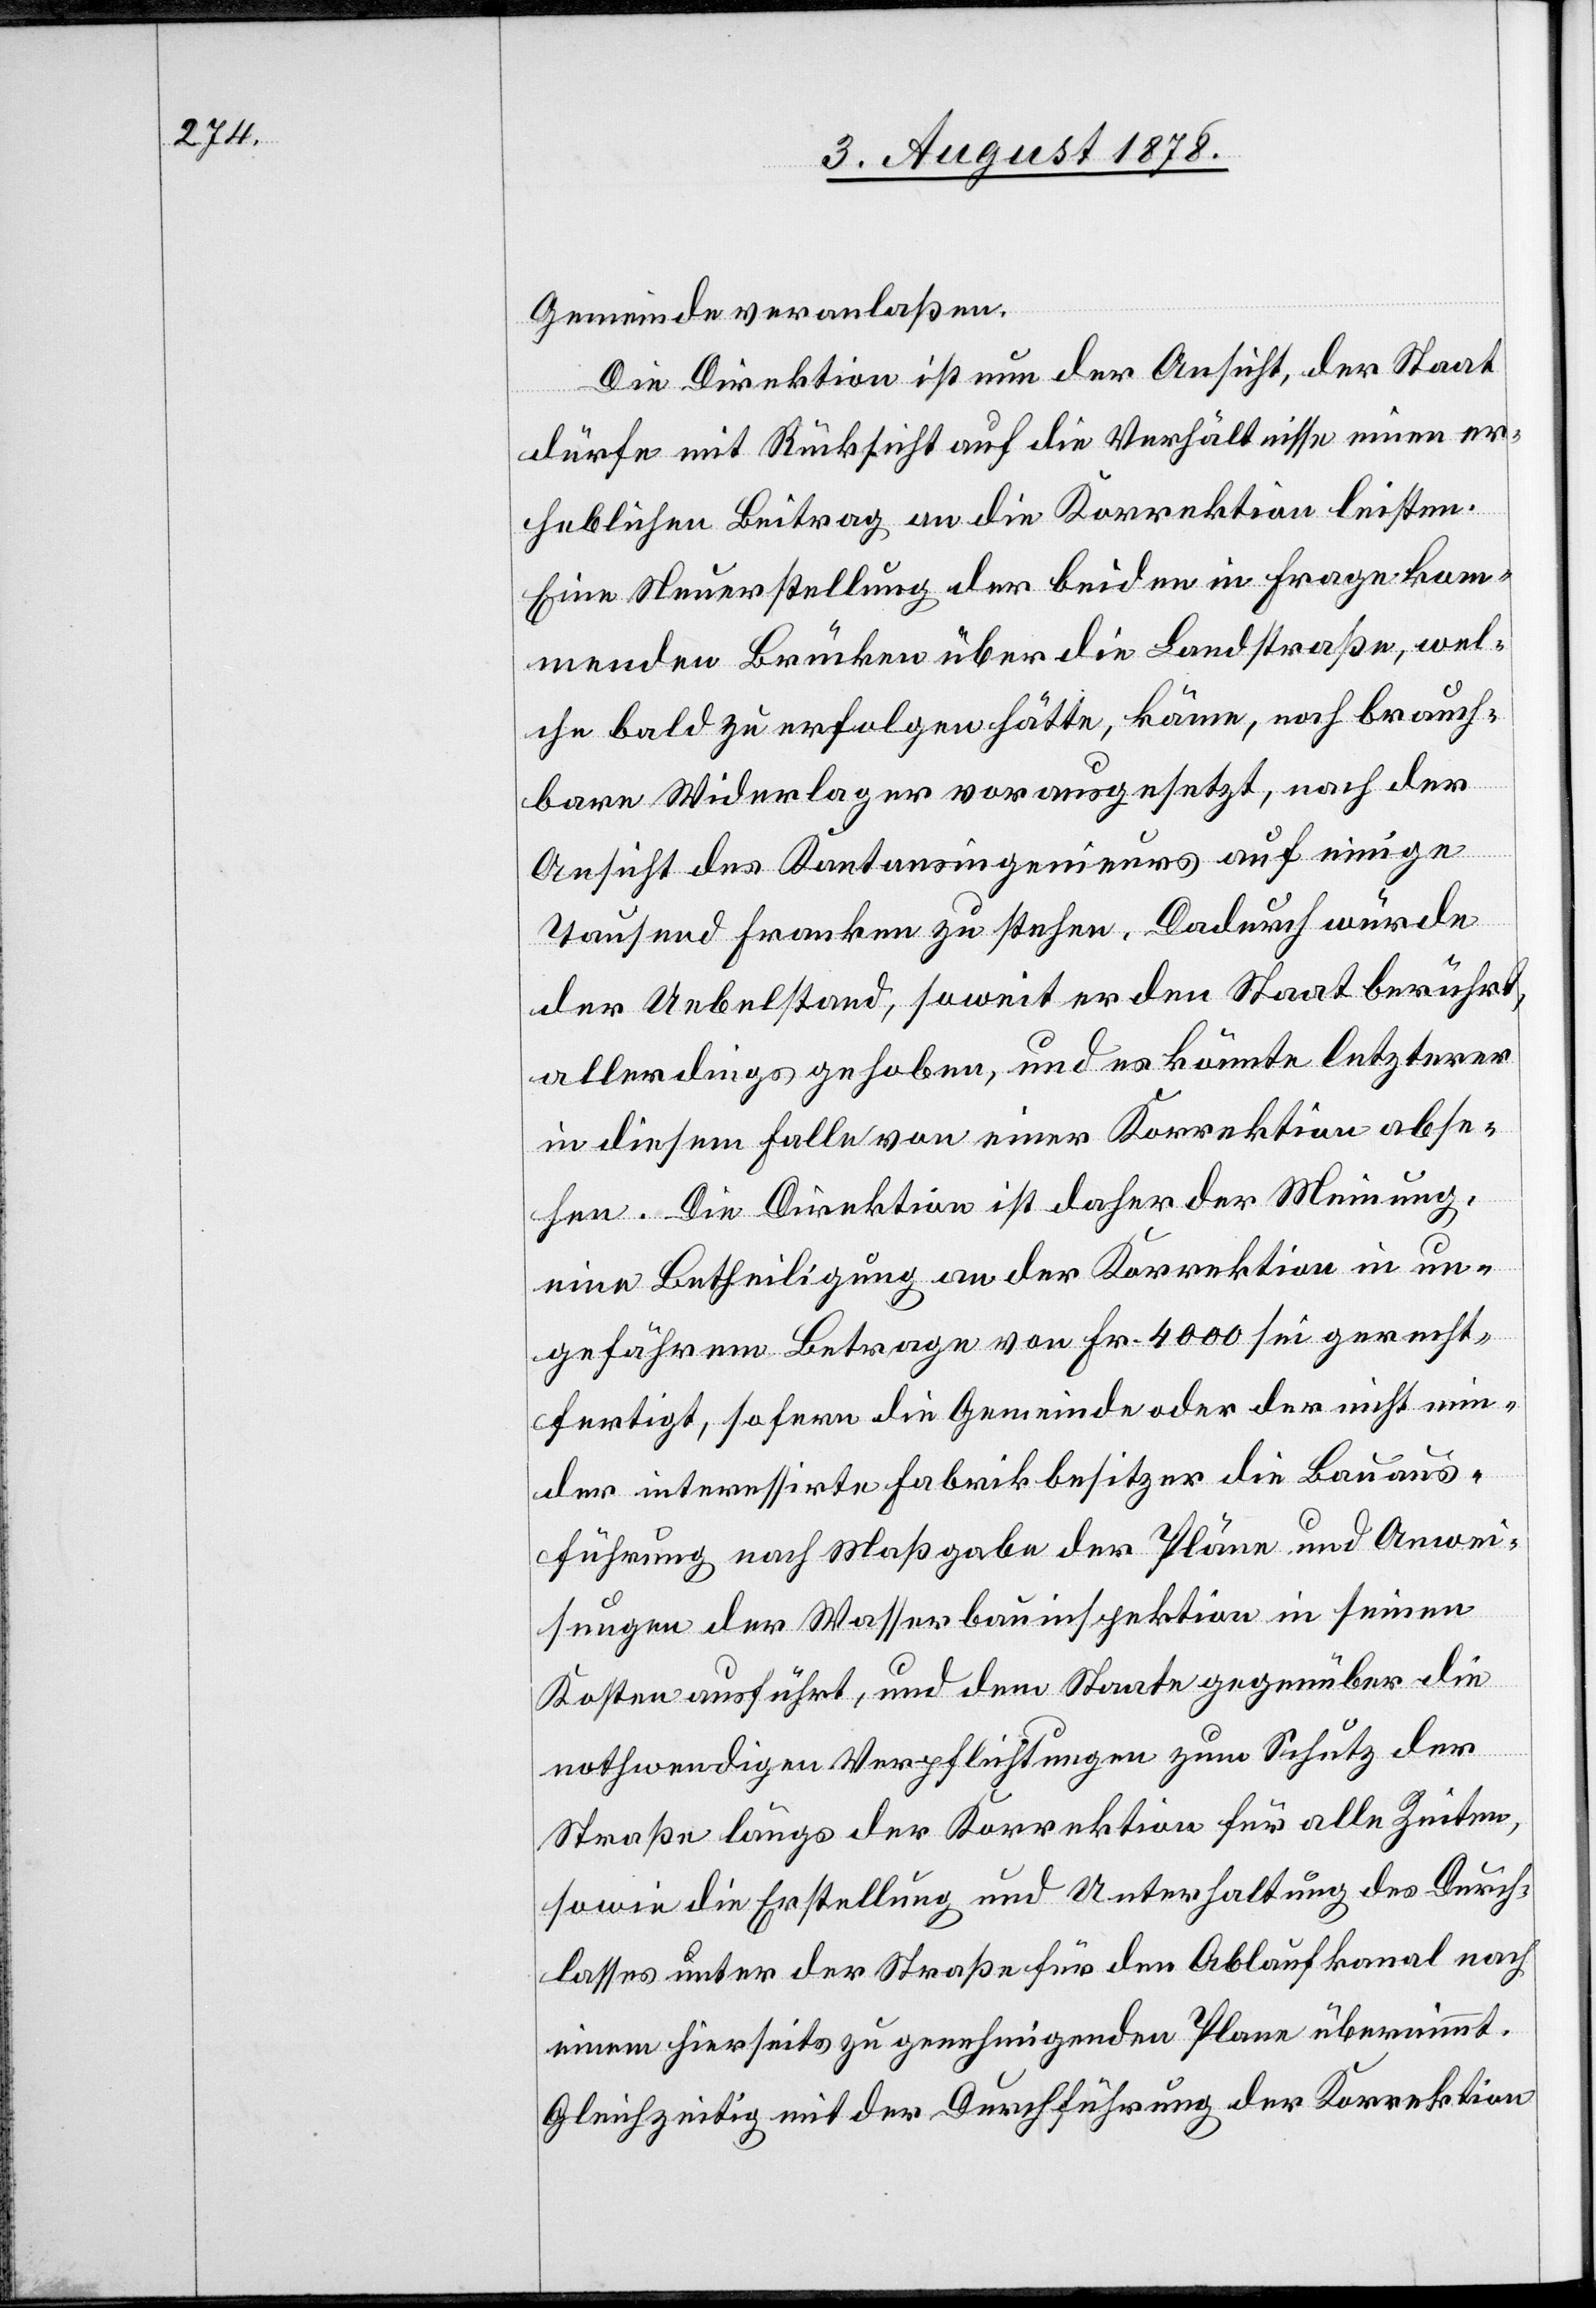
Gemeinde veranlaßen.
Die Direktion ist nun der Ansicht, der Staat
dürfe mit Rücksicht auf die Verhältnisse einen er¬
heblichen Beitrag an die Korrektion leisten.
Eine Neuerstellung der beiden in Frage kom¬
menden Brücken über die Landstraße, wel¬
che bald zu erfolgen hätte, käme, noch brauch¬
bare Widerlager vorausgesetzt, nach der
Ansicht des Kantonsingenieurs auf einige
Tausend Franken zu stehen. Dadurch würde
der Uebelstand, soweit er den Staat berührt,
allerdings gehoben, und es könnte letzterer
in diesem Falle von einer Korrektion abse¬
hen. Die Direktion ist daher der Meinung,
eine Betheiligung an der Korrektion in un¬
gefährem Betrage von Fr. 4000 sei gerecht¬
fertigt, sofern die Gemeinde oder der nicht min¬
der interessirte Fabrikbesitzer die Bauaus¬
führung nach Maßgabe der Pläne und Anwei¬
sungen der Wasserbauinspektion in seinen
Kosten ausführt, und dem Staate gegenüber die
nothwendigen Verpflichtungen zum Schutz der
Straße längs der Korrektion für alle Zeiten,
sowie die Erstellung und Unterhaltung des Durch¬
lasses unter der Straße für den Ablaufkanal nach
einem hierseits zu genehmigenden Plane übernimmt.
Gleichzeitig mit der Durchführung der Korrektion